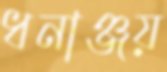
ধনাঞ্জয়